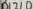
Text: D12/0